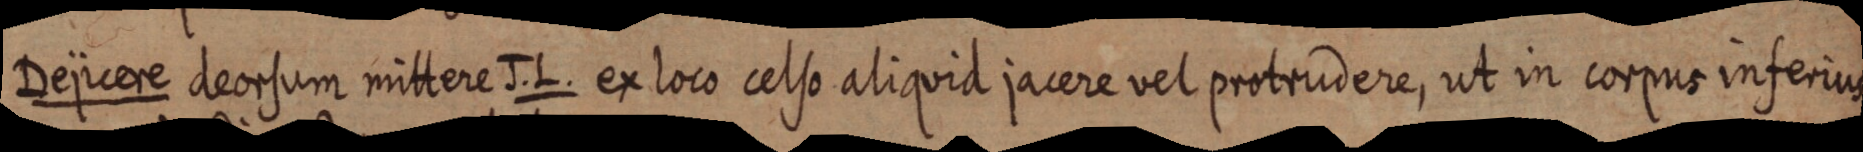
Dejicere deorsum mittere J. L. ex loco celso aliquid jacere vel protrudere, ut in corpus inferius